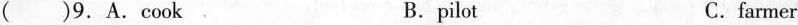
( )9.A.cook . B.pilot C.farmer